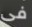
فى